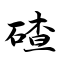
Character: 碴